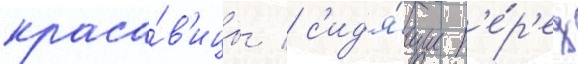
краса́в'ицы / с'ид'я́щие п'е́р'ед